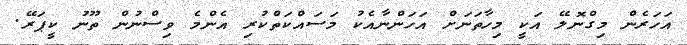
އަހަރެން މިގްނޮލޭ އަކީ މިހާތަނަށް އަހަންނާއެކު މަސައްކަތްކުރި އެންމެ ވިސްނުން ތޫނު ކީޕަރޭ.